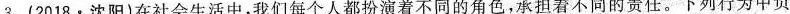
3.(2018·沈阳)在社会生活中，我们每个人都扮演着不同的角色，承担着不同的责任。下列行为中负